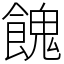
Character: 餽